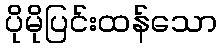
ပိုမိုပြင်းထန်သော